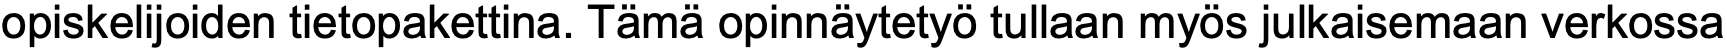
opiskelijoiden tietopakettina. Tämä opinnäytetyö tullaan myös julkaisemaan verkossa